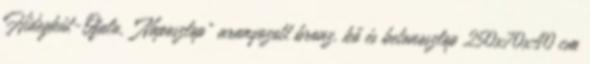
Hidegkút-Ófalu, „Naposzlop" aranyozott bronz, kő és betonoszlop 250x70x40 cm